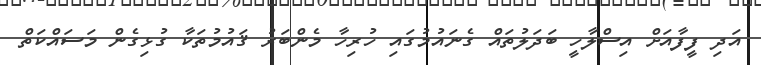
އަދި ފީފާއަށް އިސްލާހީ ބަދަލުތައް ގެނައުމުގައި ހުރިހާ މެންބަރު ޤައުމުތަކާ ގުޅިގެން މަސައްކަތް